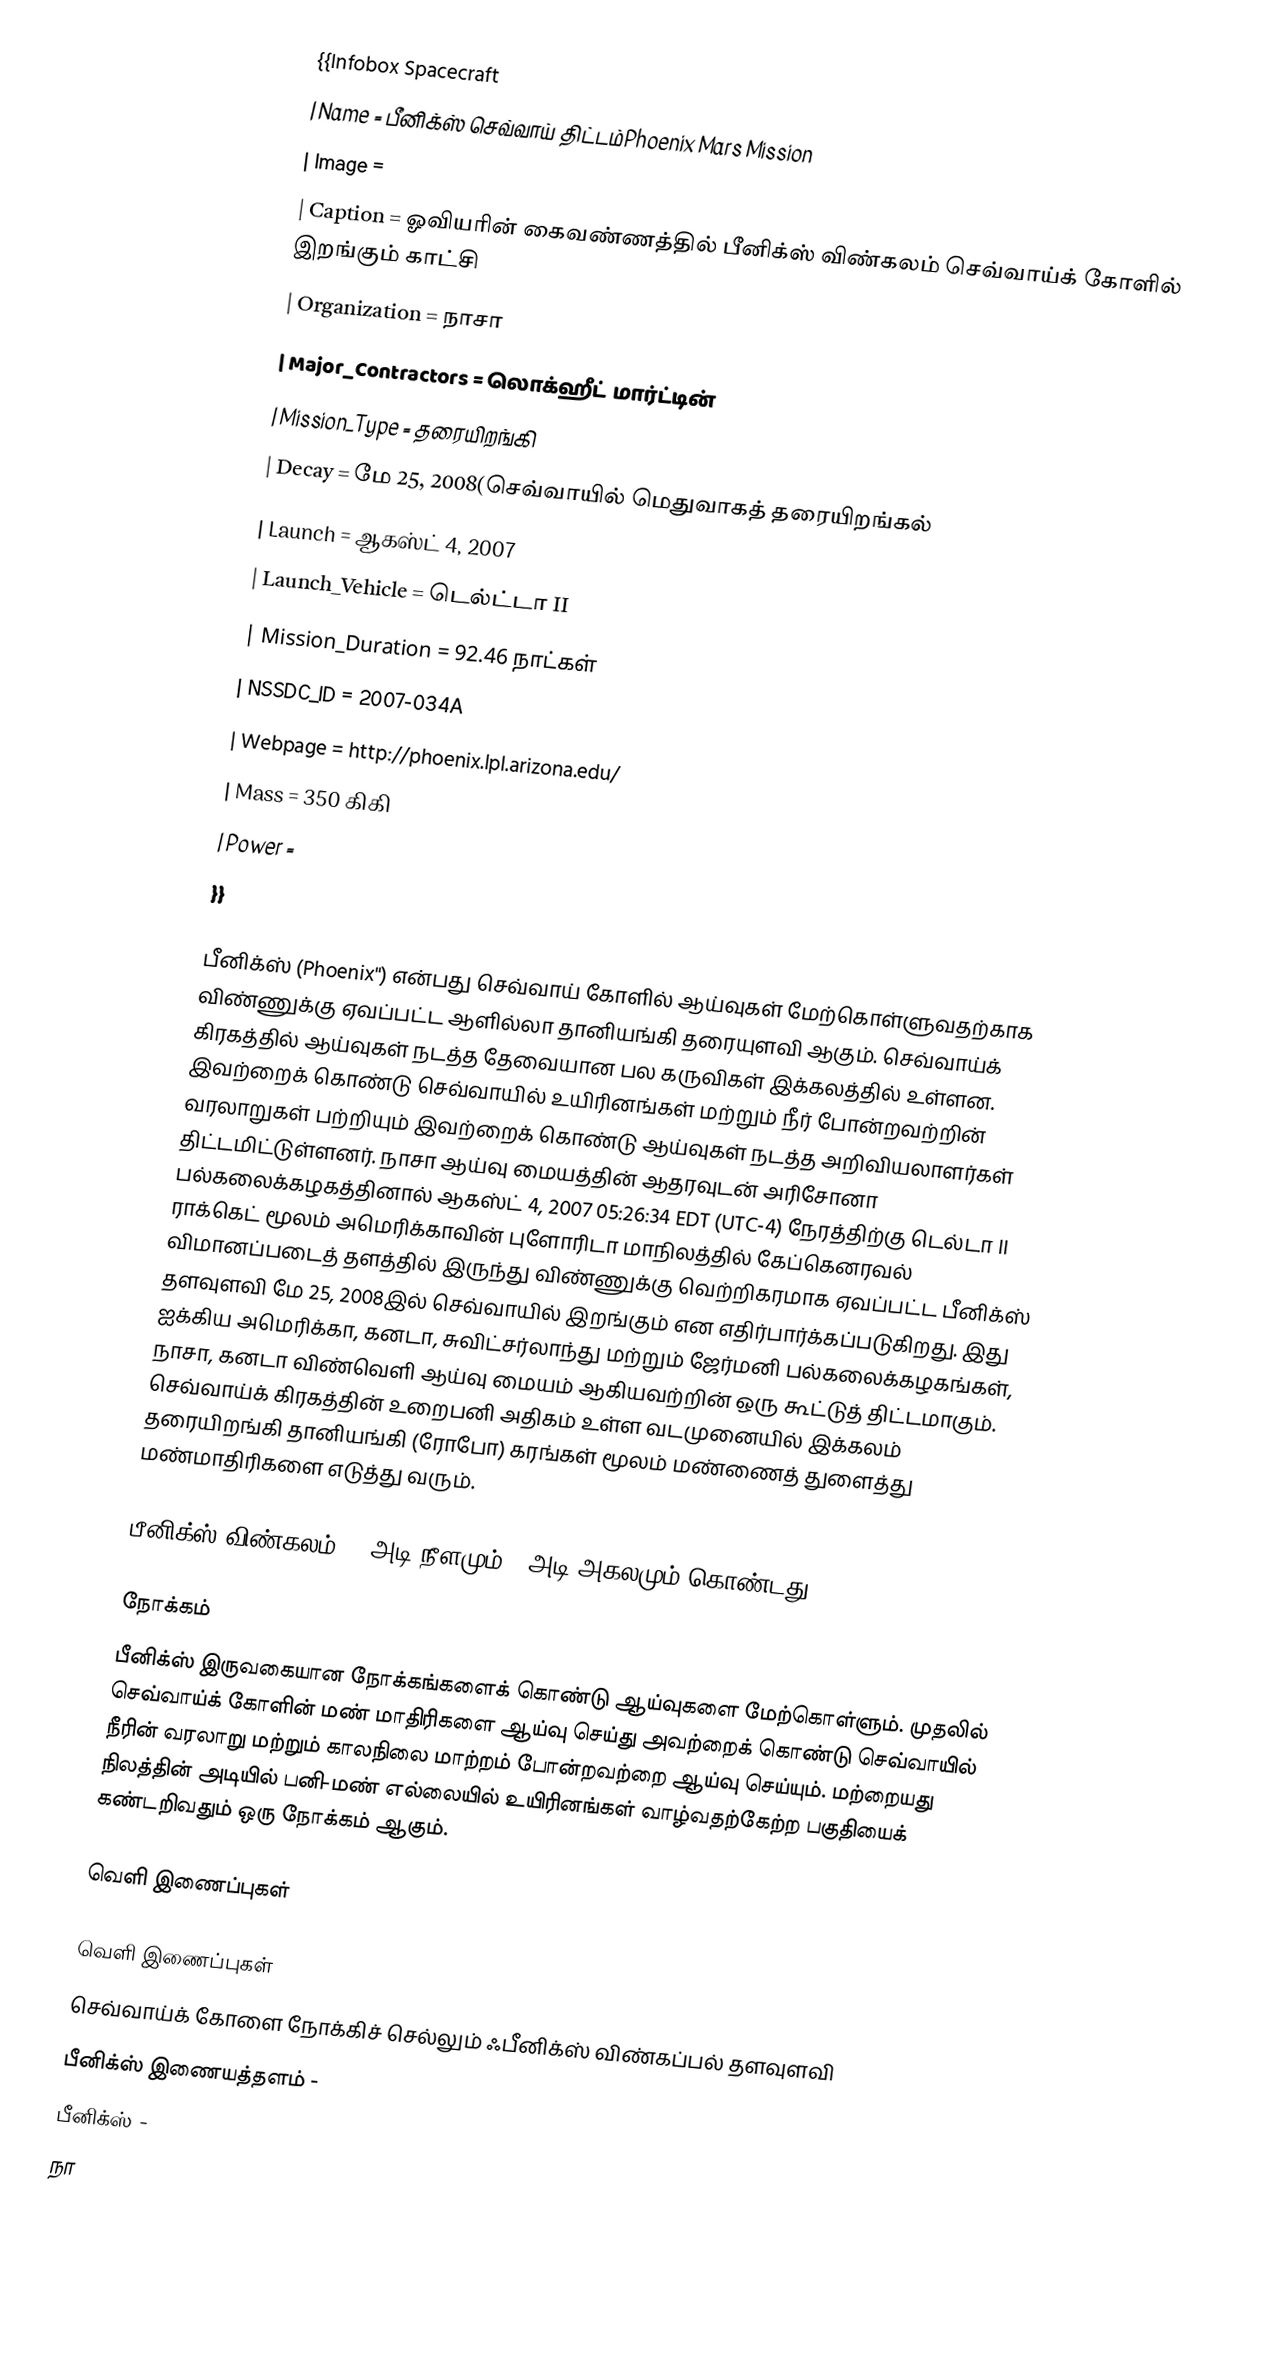
{{Infobox Spacecraft
| Name = பீனிக்ஸ் செவ்வாய் திட்டம்Phoenix Mars Mission
| Image =
| Caption = ஓவியரின் கைவண்ணத்தில் பீனிக்ஸ் விண்கலம் செவ்வாய்க் கோளில் இறங்கும் காட்சி
| Organization = நாசா
| Major_Contractors = லொக்ஹீட் மார்ட்டின்
| Mission_Type = தரையிறங்கி
| Decay = மே 25, 2008(செவ்வாயில் மெதுவாகத் தரையிறங்கல்
| Launch = ஆகஸ்ட் 4, 2007
| Launch_Vehicle = டெல்ட்டா II
| Mission_Duration = 92.46 நாட்கள்
| NSSDC_ID = 2007-034A
| Webpage = http://phoenix.lpl.arizona.edu/
| Mass = 350 கிகி
| Power =
}}

பீனிக்ஸ் (Phoenix'') என்பது செவ்வாய் கோளில் ஆய்வுகள் மேற்கொள்ளுவதற்காக விண்ணுக்கு ஏவப்பட்ட ஆளில்லா தானியங்கி தரையுளவி ஆகும். செவ்வாய்க் கிரகத்தில் ஆய்வுகள் நடத்த தேவையான பல கருவிகள் இக்கலத்தில் உள்ளன. இவற்றைக் கொண்டு செவ்வாயில் உயிரினங்கள் மற்றும் நீர் போன்றவற்றின் வரலாறுகள் பற்றியும் இவற்றைக் கொண்டு ஆய்வுகள் நடத்த அறிவியலாளர்கள் திட்டமிட்டுள்ளனர். நாசா ஆய்வு மையத்தின் ஆதரவுடன் அரிசோனா பல்கலைக்கழகத்தினால் ஆகஸ்ட் 4, 2007 05:26:34 EDT (UTC-4) நேரத்திற்கு டெல்டா II ராக்கெட் மூலம் அமெரிக்காவின் புளோரிடா மாநிலத்தில் கேப்கெனரவல் விமானப்படைத் தளத்தில் இருந்து விண்ணுக்கு வெற்றிகரமாக ஏவப்பட்ட பீனிக்ஸ் தளவுளவி மே 25, 2008இல் செவ்வாயில் இறங்கும் என எதிர்பார்க்கப்படுகிறது. இது ஐக்கிய அமெரிக்கா, கனடா, சுவிட்சர்லாந்து மற்றும் ஜேர்மனி பல்கலைக்கழகங்கள், நாசா, கனடா விண்வெளி ஆய்வு மையம் ஆகியவற்றின் ஒரு கூட்டுத் திட்டமாகும். செவ்வாய்க் கிரகத்தின் உறைபனி அதிகம் உள்ள வடமுனையில் இக்கலம் தரையிறங்கி தானியங்கி (ரோபோ) கரங்கள் மூலம் மண்ணைத் துளைத்து மண்மாதிரிகளை எடுத்து வரும்.

பீனிக்ஸ் விண்கலம் 18 அடி நீளமும் 5 அடி அகலமும் கொண்டது.

நோக்கம்
பீனிக்ஸ் இருவகையான நோக்கங்களைக் கொண்டு ஆய்வுகளை மேற்கொள்ளும். முதலில் செவ்வாய்க் கோளின் மண் மாதிரிகளை ஆய்வு செய்து அவற்றைக் கொண்டு செவ்வாயில் நீரின் வரலாறு மற்றும் காலநிலை மாற்றம் போன்றவற்றை ஆய்வு செய்யும். மற்றையது நிலத்தின் அடியில் பனி-மண் எல்லையில் உயிரினங்கள் வாழ்வதற்கேற்ற பகுதியைக் கண்டறிவதும் ஒரு நோக்கம் ஆகும்.

வெளி இணைப்புகள்

வெளி இணைப்புகள்
 செவ்வாய்க் கோளை நோக்கிச் செல்லும் ஃபீனிக்ஸ் விண்கப்பல் தளவுளவி
 பீனிக்ஸ் இணையத்தளம் -
 பீனிக்ஸ்  -
 நா